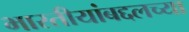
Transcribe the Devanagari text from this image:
भारतीयांबद्दलच्या